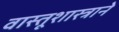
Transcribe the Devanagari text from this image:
वास्तूशास्त्राने